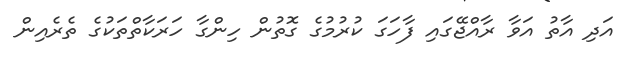
އަދި އާތު އަވާ ރާއްޖޭގައި ފާހަގަ ކުރުމުގެ ގޮތުން ހިންގާ ހަރަކާތްތަކުގެ ތެރެއިން